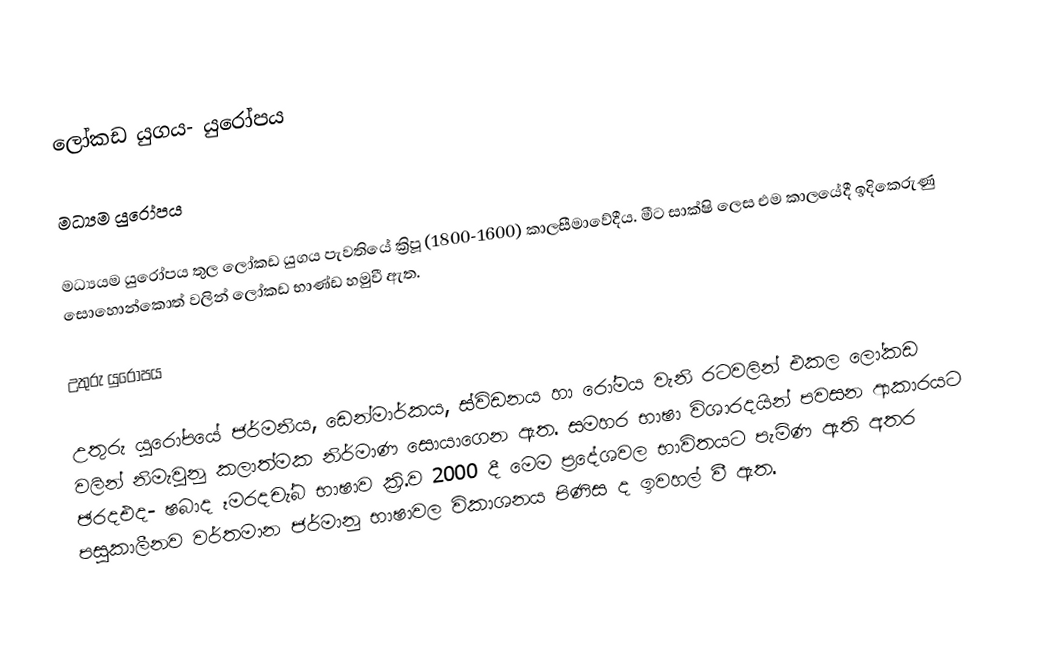
ලෝකඩ යුගය- යුරෝපය

මධ්‍යම යුරෝපය

	මධ්‍යයම යුරෝපය තුල ලෝකඩ යුගය පැවතියේ ක්‍රිපූ (1800-1600) කාලසීමාවේදීය. මීට සාක්ෂි ලෙස එම කාලයේදී ඉදිකෙරුණු සොහොන්කොත් වලින් ලෝකඩ භාණ්ඩ හමුවී ඇත.

උතුරු යුරෝපය

	උතුරු යුරෝපයේ ජර්මනිය, ඩෙන්මාර්කය, ස්විඩනය හා රෝමය වැනි රටවලින් එකල ලෝකඩ වලින් නිමැවුනු කලාත්මක නිර්මාණ සොයාගෙන ඇත.  සමහර භාෂා විශාරදයින් පවසන ආකාරයට ඡරදඑද- ෂබාද ෑමරදචැ්බ භාෂාව ක්‍රි.ව 2000 දී මෙම ප්‍රදේශවල භාවිතයට පැමිණ ඇති අතර පසුකාලීනව වර්තමාන ජර්මානු භාෂාවල විකාශනය පිණිස ද ඉවහල් වී ඇත.